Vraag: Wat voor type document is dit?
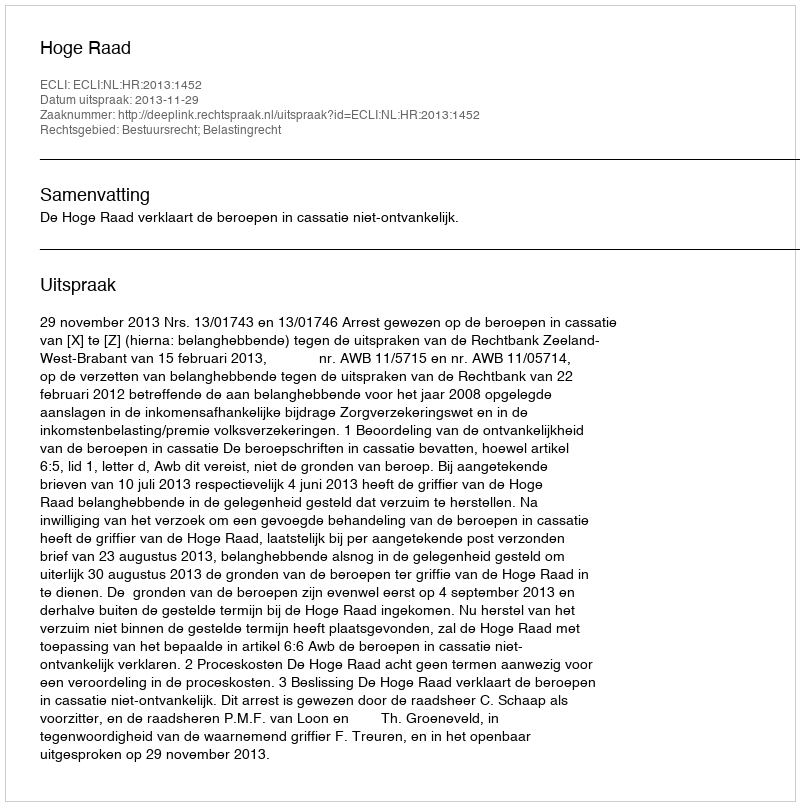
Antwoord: Uitspraak